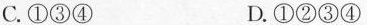
C.①③④ D.①②③④